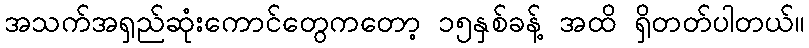
အသက်အရှည်ဆုံးကောင်တွေကတော့ ၁၅နှစ်ခန့် အထိ ရှိတတ်ပါတယ်။